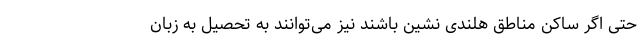
حتی اگر ساکن مناطق هلندی نشین باشند نیز می‌توانند به تحصیل به زبان